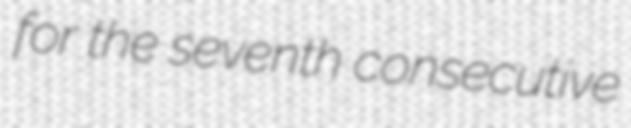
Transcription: for the seventh consecutive